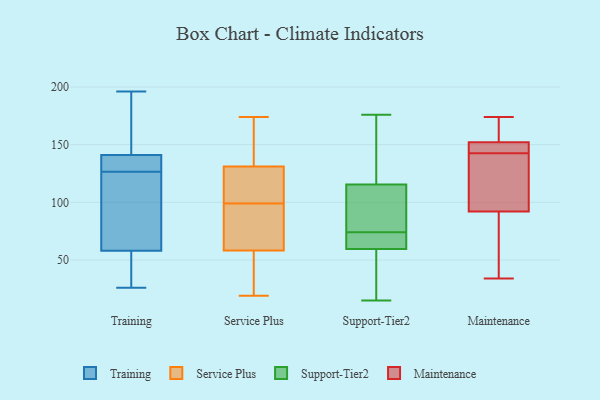
{"axis": {"x": "Headcount", "y": "Value"}, "legend": ["Maintenance", "Service Plus", "Support-Tier2", "Training"], "data": [{"x": "", "y": 141, "type": "Training"}, {"x": "", "y": 141, "type": "Training"}, {"x": "", "y": 121, "type": "Training"}, {"x": "", "y": 135, "type": "Training"}, {"x": "", "y": 174, "type": "Training"}, {"x": "", "y": 26, "type": "Training"}, {"x": "", "y": 196, "type": "Training"}, {"x": "", "y": 68, "type": "Training"}, {"x": "", "y": 48, "type": "Training"}, {"x": "", "y": 82, "type": "Training"}, {"x": "", "y": 43, "type": "Training"}, {"x": "", "y": 132, "type": "Training"}, {"x": "", "y": 124, "type": "Service Plus"}, {"x": "", "y": 128, "type": "Service Plus"}, {"x": "", "y": 99, "type": "Service Plus"}, {"x": "", "y": 113, "type": "Service Plus"}, {"x": "", "y": 174, "type": "Service Plus"}, {"x": "", "y": 25, "type": "Service Plus"}, {"x": "", "y": 80, "type": "Service Plus"}, {"x": "", "y": 145, "type": "Service Plus"}, {"x": "", "y": 166, "type": "Service Plus"}, {"x": "", "y": 58, "type": "Service Plus"}, {"x": "", "y": 71, "type": "Service Plus"}, {"x": "", "y": 19, "type": "Service Plus"}, {"x": "", "y": 127, "type": "Service Plus"}, {"x": "", "y": 89, "type": "Service Plus"}, {"x": "", "y": 174, "type": "Service Plus"}, {"x": "", "y": 31, "type": "Service Plus"}, {"x": "", "y": 132, "type": "Service Plus"}, {"x": "", "y": 28, "type": "Service Plus"}, {"x": "", "y": 59, "type": "Service Plus"}, {"x": "", "y": 32, "type": "Support-Tier2"}, {"x": "", "y": 70, "type": "Support-Tier2"}, {"x": "", "y": 109, "type": "Support-Tier2"}, {"x": "", "y": 15, "type": "Support-Tier2"}, {"x": "", "y": 176, "type": "Support-Tier2"}, {"x": "", "y": 115, "type": "Support-Tier2"}, {"x": "", "y": 66, "type": "Support-Tier2"}, {"x": "", "y": 152, "type": "Support-Tier2"}, {"x": "", "y": 74, "type": "Support-Tier2"}, {"x": "", "y": 40, "type": "Support-Tier2"}, {"x": "", "y": 117, "type": "Support-Tier2"}, {"x": "", "y": 70, "type": "Support-Tier2"}, {"x": "", "y": 114, "type": "Support-Tier2"}, {"x": "", "y": 86, "type": "Maintenance"}, {"x": "", "y": 150, "type": "Maintenance"}, {"x": "", "y": 142, "type": "Maintenance"}, {"x": "", "y": 97, "type": "Maintenance"}, {"x": "", "y": 34, "type": "Maintenance"}, {"x": "", "y": 87, "type": "Maintenance"}, {"x": "", "y": 143, "type": "Maintenance"}, {"x": "", "y": 162, "type": "Maintenance"}, {"x": "", "y": 154, "type": "Maintenance"}, {"x": "", "y": 112, "type": "Maintenance"}, {"x": "", "y": 174, "type": "Maintenance"}, {"x": "", "y": 146, "type": "Maintenance"}]}